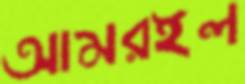
আমরইল